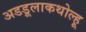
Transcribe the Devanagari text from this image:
अडडूलाकथोल्हू